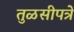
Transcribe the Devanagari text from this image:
तुळसीपत्रे